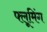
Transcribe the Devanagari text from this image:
फ्लूमिंग